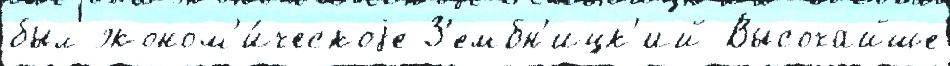
был эконом'и́ческоjе З'ембн'ицк'ий Высочайше